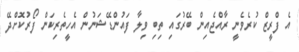
އެ ފްރީޒް ކުރެވެނީ ރާއްޖެއިން ބޭރުގައި ތިބި ވިލާ ފައުންޑޭޝަނުން އެހީތެރިކަން ފޯރުކޮށްދޭ